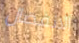
الانفصال